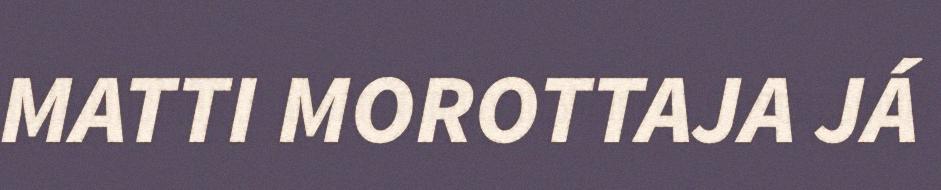
MATTI MOROTTAJA JÁ